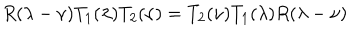
R ( \lambda - \nu ) T _ { 1 } ( \lambda ) T _ { 2 } ( \nu ) = T _ { 2 } ( \nu ) T _ { 1 } ( \lambda ) R ( \lambda - \nu )